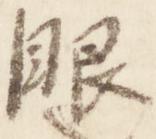
眼